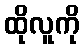
ထိုလူကို